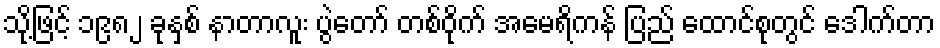
သို့ဖြင့် ၁၉၈၂ ခုနှစ် နာတာလူး ပွဲတော် တစ်ဝိုက် အမေရိကန် ပြည် ထောင်စုတွင် ဒေါက်တာ